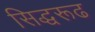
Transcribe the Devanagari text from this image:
सिद्धरूढ